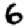
Digit: 6